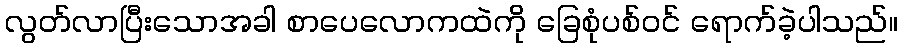
လွတ်လာပြီးသောအခါ စာပေလောကထဲကို ခြေစုံပစ်ဝင် ရောက်ခဲ့ပါသည်။